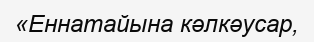
«Еннатайына кәлкәусар,